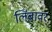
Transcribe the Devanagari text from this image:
लिंबावर